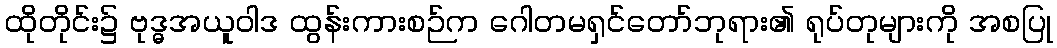
ထိုတိုင်း၌ ဗုဒ္ဓအယူဝါဒ ထွန်းကားစဉ်က ဂေါတမရှင်တော်ဘုရား၏ ရုပ်တုများကို အစပြု